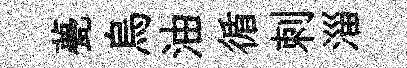
甍烏油循刺淄